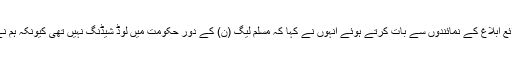
منگل کو احتساب عدالت میں پیشی کے موقع پر ذرائع ابلاغ کے نمائندوں سے بات کرتے ہوئے انہوں نے کہا کہ مسلم لیگ (ن) کے دور حکومت میں لوڈ شیڈنگ نہیں تھی کیونکہ ہم نے سسٹم میں 10 ہزار میگاواٹ بجلی شامل کی ہے۔